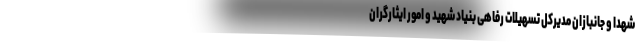
شهدا و جانبازان مدیرکل تسهیلات رفاهی بنیاد شهید و امور ایثارگران